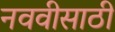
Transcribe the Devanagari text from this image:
नववीसाठी